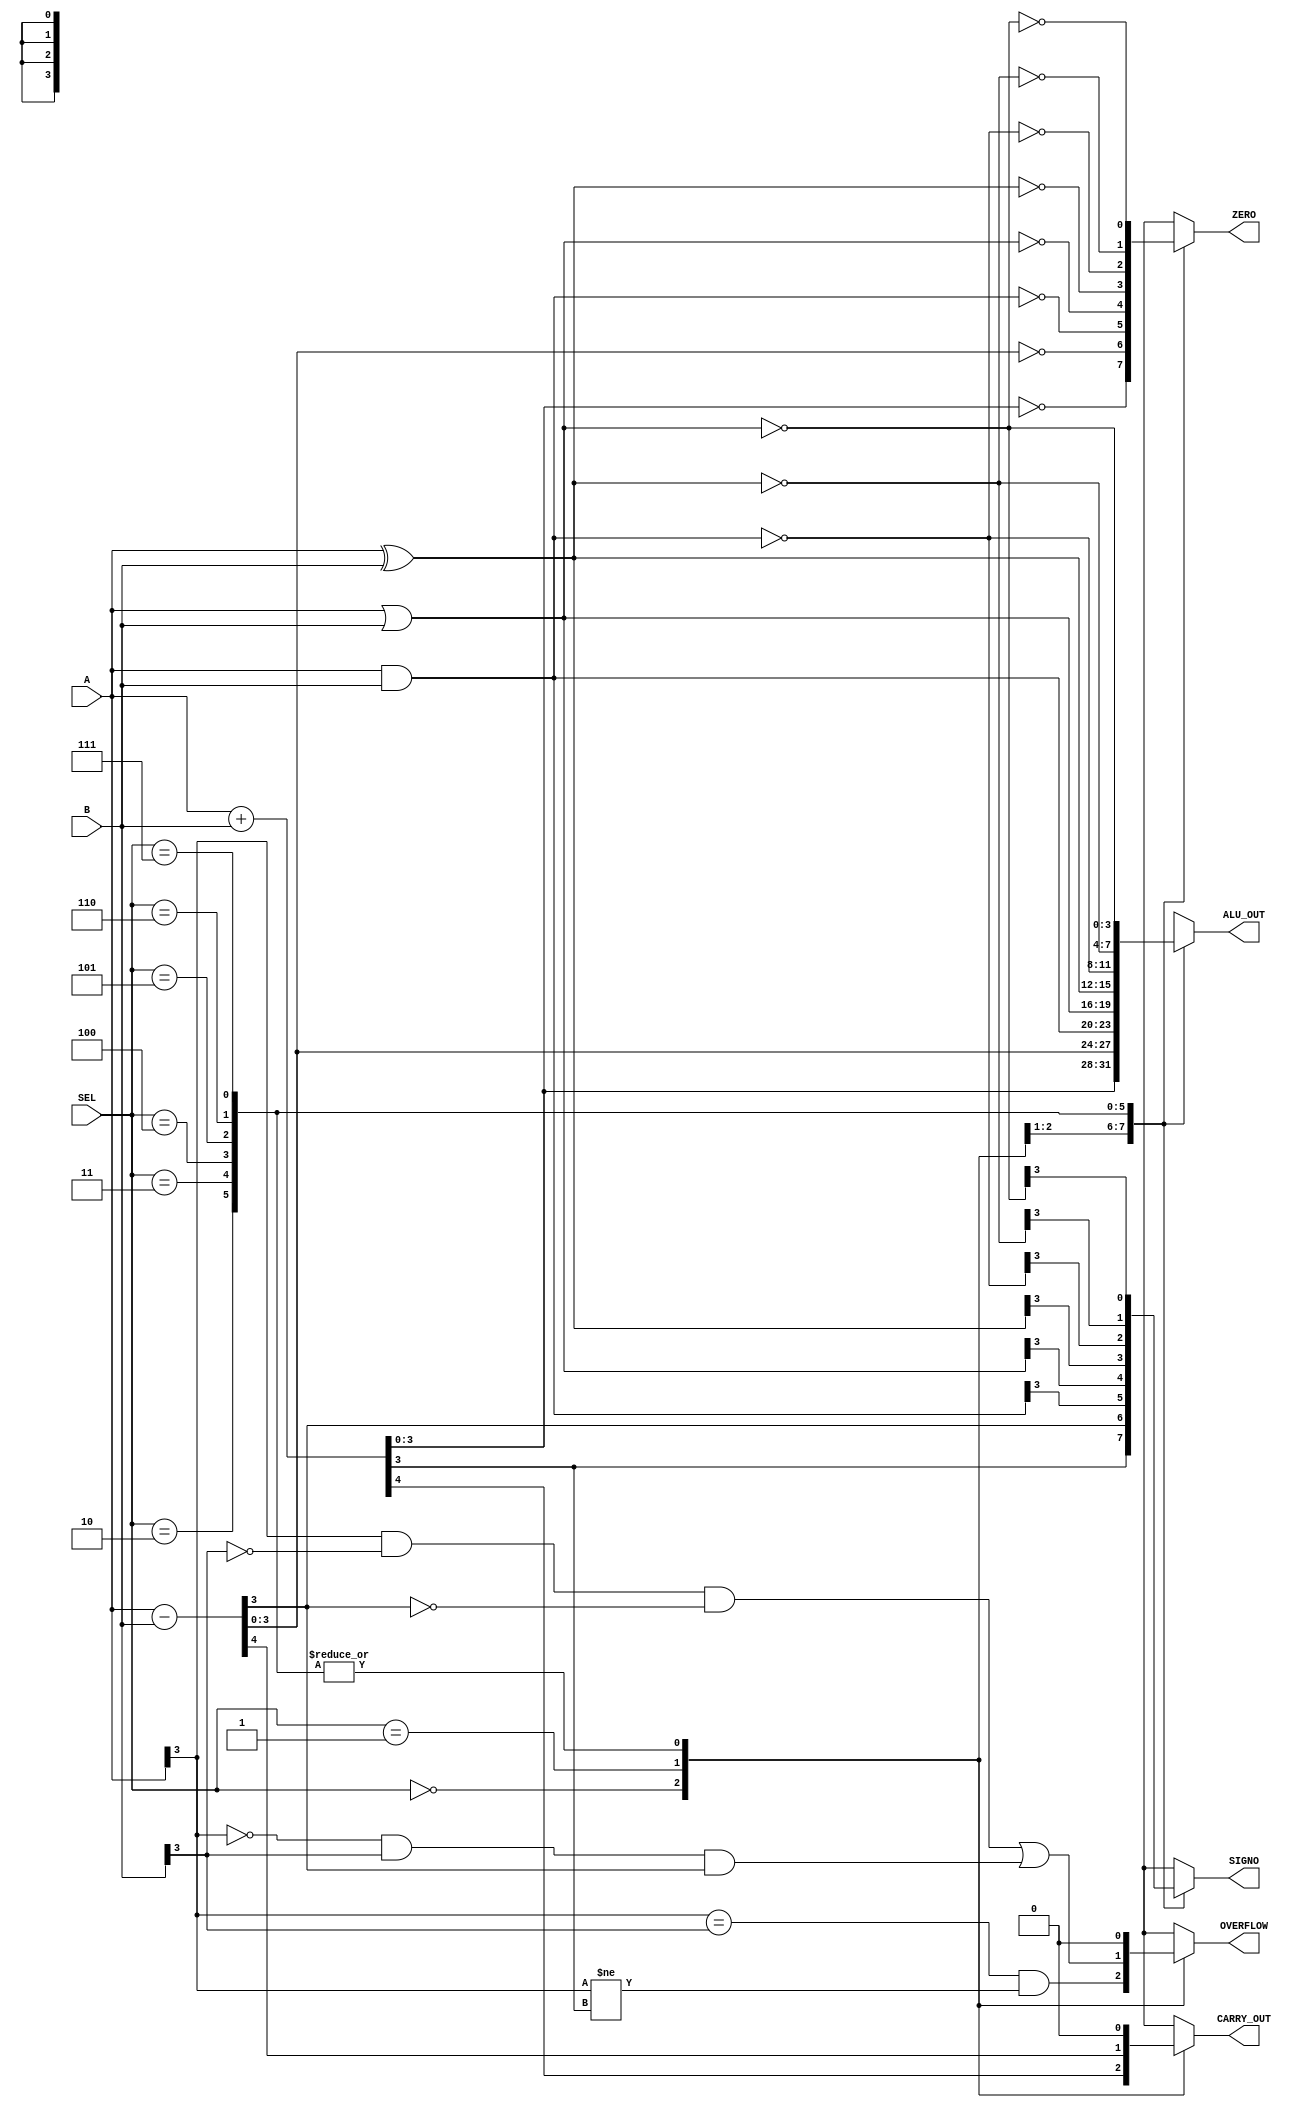
module ALU (
    input [3:0] A,	 //ENTRADA DEL DATO "A" DE 4 BITS
    input [3:0] B,	 //ENTRADA DEL DATO "B" DE 4 BITS	
    input [2:0] SEL, //SELECTOR DE OPERACION
	
    output [3:0] ALU_OUT,
	
    output reg CARRY_OUT,
    output reg OVERFLOW,
    output reg ZERO,
    output reg SIGNO
);		  


reg [3:0] RESULTADO;
assign ALU_OUT = RESULTADO;

always @*	
	case(SEL) 
        3'b000: begin // Suma
			{CARRY_OUT,RESULTADO} = A + B;	
			OVERFLOW = (A[3]==B[3])&(A[3]!=RESULTADO[3]);
  		    ZERO = (RESULTADO==4'b0000);
			SIGNO = RESULTADO[3]==1;	
			
		end	
        3'b001: begin // Resta
 			{CARRY_OUT,RESULTADO} = A - B;	
			OVERFLOW = (A[3] & ~B[3] & ~RESULTADO[3]) | (~A[3] & B[3] & RESULTADO[3]);
  		    ZERO = (RESULTADO==4'b0000);
			SIGNO = RESULTADO[3]==1; 
			
			
        end
        3'b010: begin // AND
    	    RESULTADO = A & B;
			CARRY_OUT = 0;
			OVERFLOW = 0;
  		    ZERO = (RESULTADO==4'b0000);
			SIGNO = RESULTADO[3]==1;
			
        end
        3'b011: begin // OR
    	    RESULTADO = A | B;
			CARRY_OUT = 0;
			OVERFLOW = 0;
  		    ZERO = (RESULTADO==4'b0000);
			SIGNO = RESULTADO[3]==1; 
			
        end
        3'b100: begin // XOR
    	    RESULTADO = A ^ B;
			CARRY_OUT = 0;
			OVERFLOW = 0;
  		    ZERO = (RESULTADO==4'b0000);
			SIGNO = RESULTADO[3]==1; 
			
        end			   
		3'b101: begin // NAND
    	    RESULTADO = ~(A & B);
			CARRY_OUT = 0;
			OVERFLOW = 0;
  		    ZERO = (RESULTADO==4'b0000);
			SIGNO = RESULTADO[3]==1;   
			
        end
		3'b110: begin // XNOR
     	    RESULTADO = ~(A ^ B);
			CARRY_OUT = 0;
			OVERFLOW = 0;
  		    ZERO = (RESULTADO==4'b0000);
			SIGNO = RESULTADO[3]==1;    
			
        end
		3'b111: begin // NOR
    	    RESULTADO = ~(A | B);
			CARRY_OUT = 0;
			OVERFLOW = 0;
  		    ZERO = (RESULTADO==4'b0000);
			SIGNO = RESULTADO[3]==1; 
			
        end		 
		
        default: begin
  		 RESULTADO = 4'bzzzz;	
		   CARRY_OUT = 1'bz;
			OVERFLOW = 1'bz;
  		    ZERO = 1'bz;
			SIGNO = 1'bz ;
        end
    endcase
	endmodule